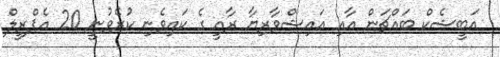
އަބީޝެކް ބައްޗަން އާއި އައިޝްވާރިޔާ ރާއީ ގެ ކައިވެނި ކުރެވުނީ 20 އެޕްރީލް